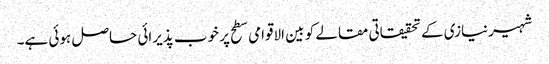
شہیرنیازی کے تحقیقاتی مقالے کو بین الاقوامی سطح پر خوب پذیرائی حاصل ہوئی ہے۔